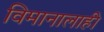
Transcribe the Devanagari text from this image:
विमानालाही